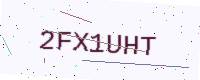
Text: 2FX1UHT